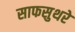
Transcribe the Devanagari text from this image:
साफसुथरे